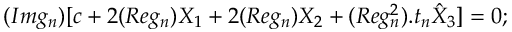
( I m g _ { n } ) [ c + 2 ( R e g _ { n } ) X _ { 1 } + 2 ( R e g _ { n } ) X _ { 2 } + ( R e g _ { n } ^ { 2 } ) . t _ { n } \hat { X } _ { 3 } ] = 0 ;